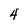
Character: 4